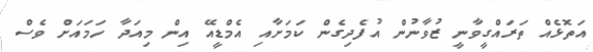
އަތޮޅެއް ތަރައްގީވާނީ ޒުވާނުން އުފެދިގެން ކަމަށާއި އެމްޑީއޭ އިން މިއަދާ ހަމައަށް ވެސް